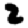
Digit: 2